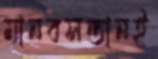
মানবসন্তানই